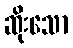
ဆိုးသော